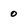
Character: 0